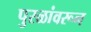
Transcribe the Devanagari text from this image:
पुरळांवरून